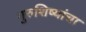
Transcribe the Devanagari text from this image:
गुरुशिष्यांचा